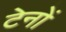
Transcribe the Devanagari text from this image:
टेनों